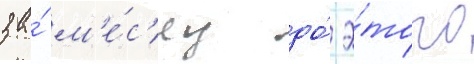
за́ м'е́с'яц до́ э́того